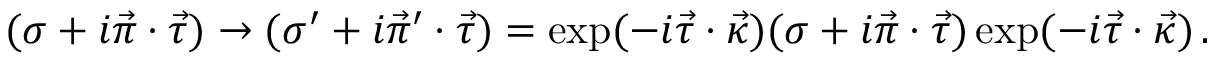
( \sigma + i \vec { \pi } \cdot \vec { \tau } ) \to ( \sigma ^ { \prime } + i \vec { \pi } { } ^ { \prime } \cdot \vec { \tau } ) = \exp ( - i \vec { \tau } \cdot \vec { \kappa } ) ( \sigma + i \vec { \pi } \cdot \vec { \tau } ) \exp ( - i \vec { \tau } \cdot \vec { \kappa } ) \, .